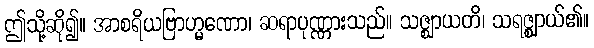
ဤသို့ဆို၍။ အာစရိယဗြာဟ္မဏော၊ ဆရာပုဏ္ဏားသည်။ သဇ္ဈာယတိ၊ သရဇ္ဈာယ်၏။